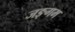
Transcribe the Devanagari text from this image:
जङ्गम